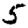
Digit: 5